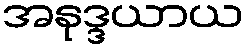
အနုဒ္ဒယာယ